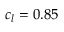
c _ { l } = 0 . 8 5